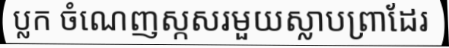
ប្លក ចំណេញស្កសរមួយស្លាបព្រាដែរ